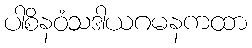
ပါစိနဝံသဒါယဂမနကထာ